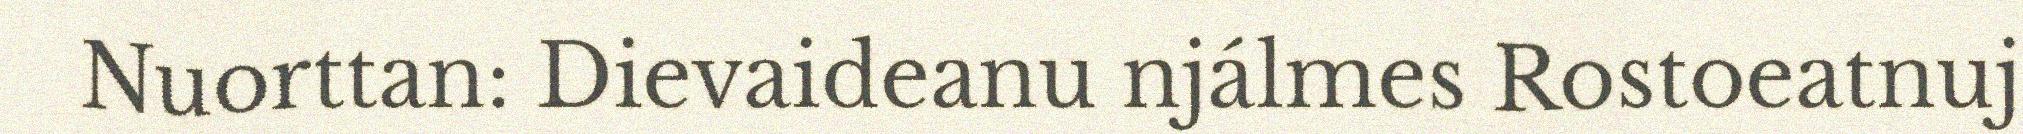
Nuorttan: Dievaideanu njálmes Rostoeatnuj